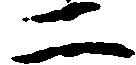
二